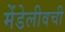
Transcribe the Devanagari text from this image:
मेंडेलीवची